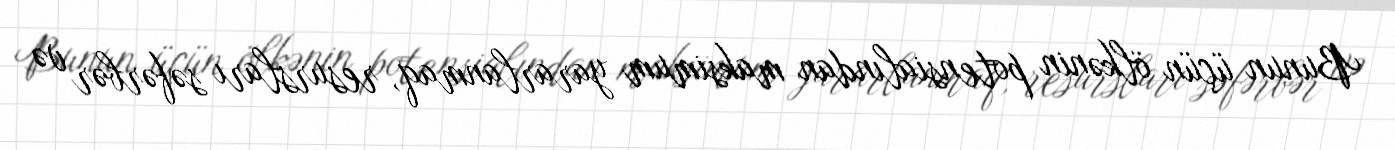
Bunun üçün ölkənin potensialından maksimum yararlanmaq, resursları səfərbər və